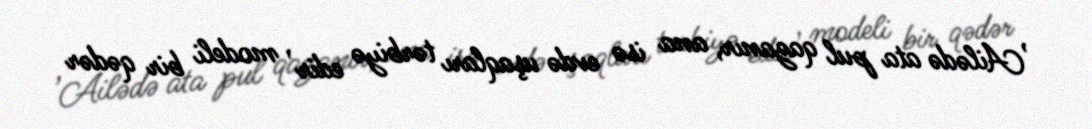
’Ailədə ata pul qazanır, ana isə evdə uşaqları tərbiyə edir’ modeli bir qədər